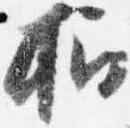
招